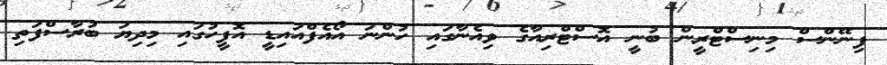
ފިނޭންސް މިނިސްޓްރީން ބުނީ އޮސްޓްރިއާގެ ވިއެނާގައި ހުންނަ އޯއެފްއައިޑީ އޮފީހުގައި މިދިޔަ ބުރާސްފަތި